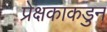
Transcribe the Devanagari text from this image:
प्रेक्षकाकडुन